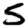
Digit: 5